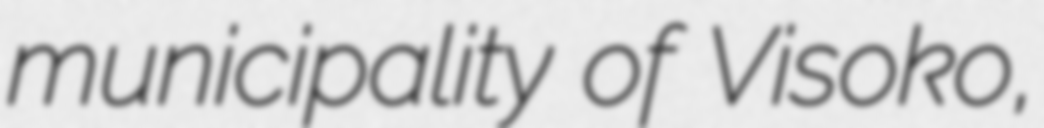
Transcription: municipality of Visoko,